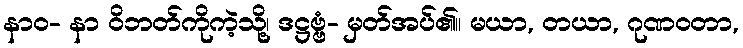
နာဝ- နာ ဝိဘတ်ကိုကဲ့သို့၊ ဒဋ္ဌဗ္ဗံ- မှတ်အပ်၏။ မယာ, တယာ, ဂုဏဝတာ,